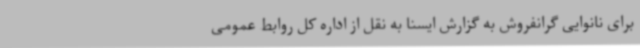
برای نانوایی گرانفروش به گزارش ایسنا به نقل از اداره کل روابط عمومی